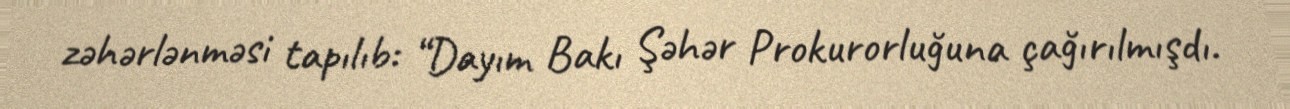
zəhərlənməsi tapılıb: “Dayım Bakı Şəhər Prokurorluğuna çağırılmışdı.